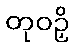
တုဝဉှိ